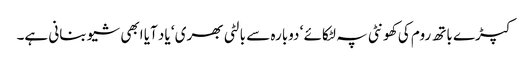
کپڑے باتھ روم کی کھونٹی پہ لٹکائے ‘ دوبارہ سے بالٹی بھری ‘ یاد آیا ابھی شیو بنانی ہے۔